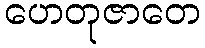
ဟေတုဇာတေ